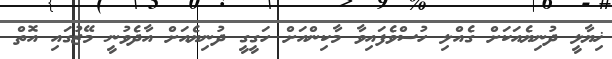
ޚިޔާލީ ދުނިޔެއަކަށް ގެއްލި ހުސްވެފައިވާ މާކިންއަށް ހަގީގީ ދުނިޔެއަށް އާދެވުނީ މޭޒުގައި އޮތް